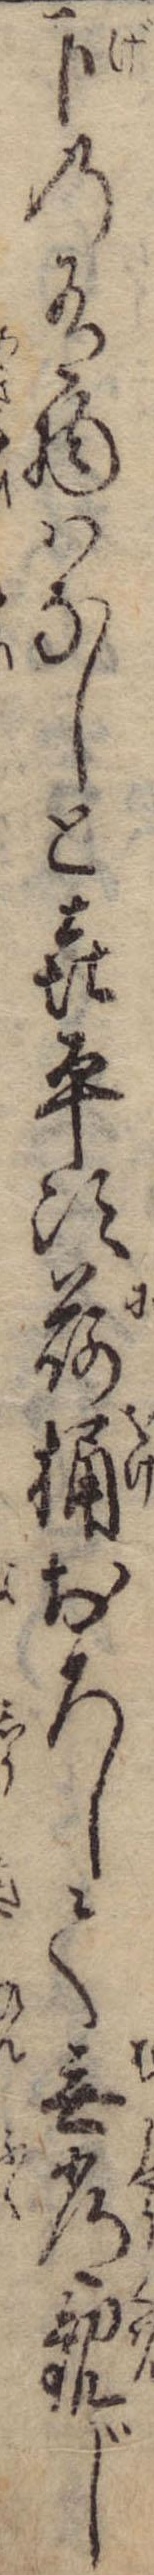
下の有物はなしと㐂平次荷桶おろして無常観じ